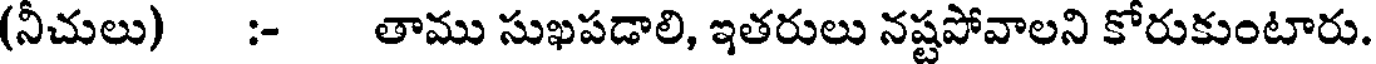
(నీచులు) :- తాము సుఖపడాలి, ఇతరులు నష్టపోవాలని కోరుకుంటారు.